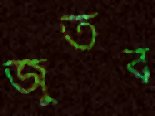
জুতব